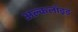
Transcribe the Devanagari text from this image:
अल्कलॉइड